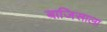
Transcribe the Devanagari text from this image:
बाजिसाला